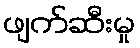
ဖျက်ဆီးမှု